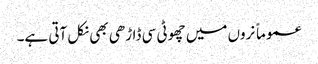
عموماً نروں میں چھوٹی سی ڈاڑھی بھی نکل آتی ہے۔